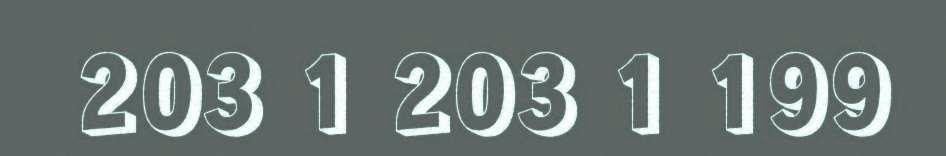
203 1 203 1 199